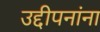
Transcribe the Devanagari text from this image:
उद्दीपनांना